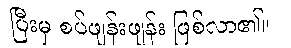
ပြီးမှ စပ်ဖျန်းဖျန်း ဖြစ်လာ၏။